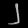
Digit: ၂